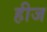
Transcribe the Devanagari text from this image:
हीज